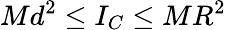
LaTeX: Md^{2}\leq I_{C}\leq MR^{2}